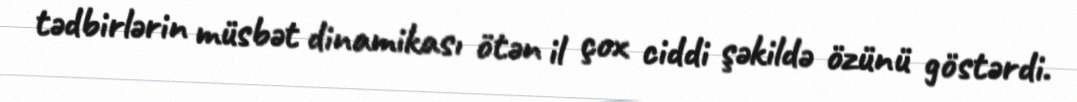
tədbirlərin müsbət dinamikası ötən il çox ciddi şəkildə özünü göstərdi.